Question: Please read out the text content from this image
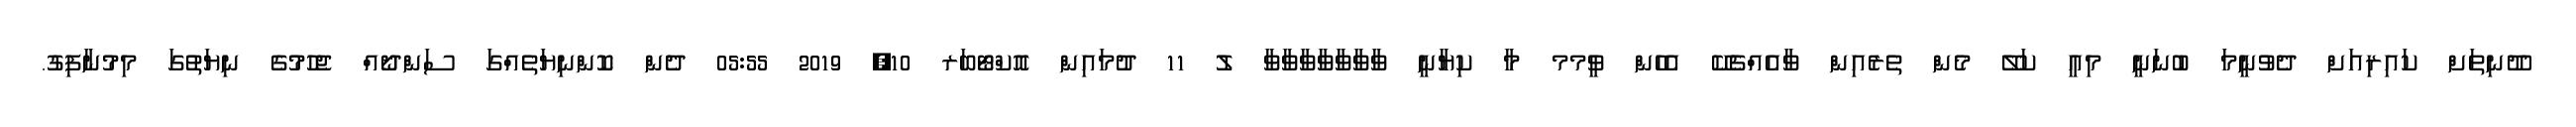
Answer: ދޫނިތަށް ކައިރިއަށް ދެވުނީމަ ބުނަނީ މިއީ ކަލޭ މެން ތެރެއިން ވާއެއްޗެކޭ އެހެން ވީމމ މާ ކިޔާނީ ވާވާވާވާވާވާވާ ލު 11 ދުމައިން އޮކްޓޯބަރ 10, 2019 05:55 ދެން ކޮންނިޔަތެއްގަ ސަންދޯއް ޖެހުމުގެ ނިޔަތުގަ މިމުނާފިގު.